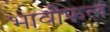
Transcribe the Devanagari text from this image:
भावीफल